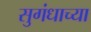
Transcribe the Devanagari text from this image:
सुगंधाच्या